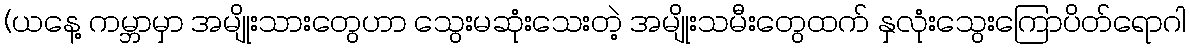
(ယနေ့ ကမ္ဘာမှာ အမျိုးသားတွေဟာ သွေးမဆုံးသေးတဲ့ အမျိုးသမီးတွေထက် နှလုံးသွေးကြောပိတ်ရောဂါ